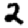
Digit: 2